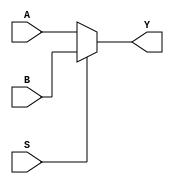
module MUX_5bit 
(
    input [4:0] A,
    input [4:0] B,
    input S,
    output [4:0] Y
);
    assign Y = S ? B : A;
endmodule